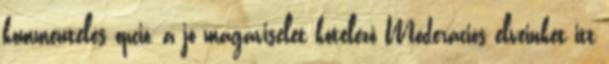
kommentelés opció, a jó magaviselet kötelező Moderációs elveinket itt